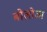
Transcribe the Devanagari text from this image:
बोलोञा